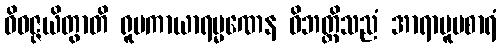
ဝိဝဇ္ဇယိတွာတိ ရူပကာယာရမ္မဏေန ဝိဘတ္တိသညံ အာရာမူပစာရံ